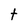
Character: t